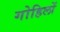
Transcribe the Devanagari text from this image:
गोहिलों